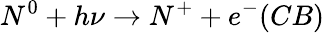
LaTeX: N^{0}+h\nu\rightarrow N^{+}+e^{-}(CB)